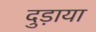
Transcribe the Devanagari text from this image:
दुड़ाया